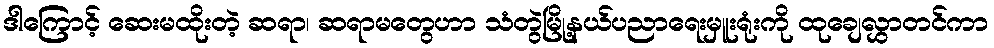
ဒါကြောင့် ဆေးမထိုးတဲ့ ဆရာ၊ ဆရာမတွေဟာ သံတွဲမြို့နယ်ပညာရေးမှူးရုံးကို ထုချေလွှာတင်ကာ